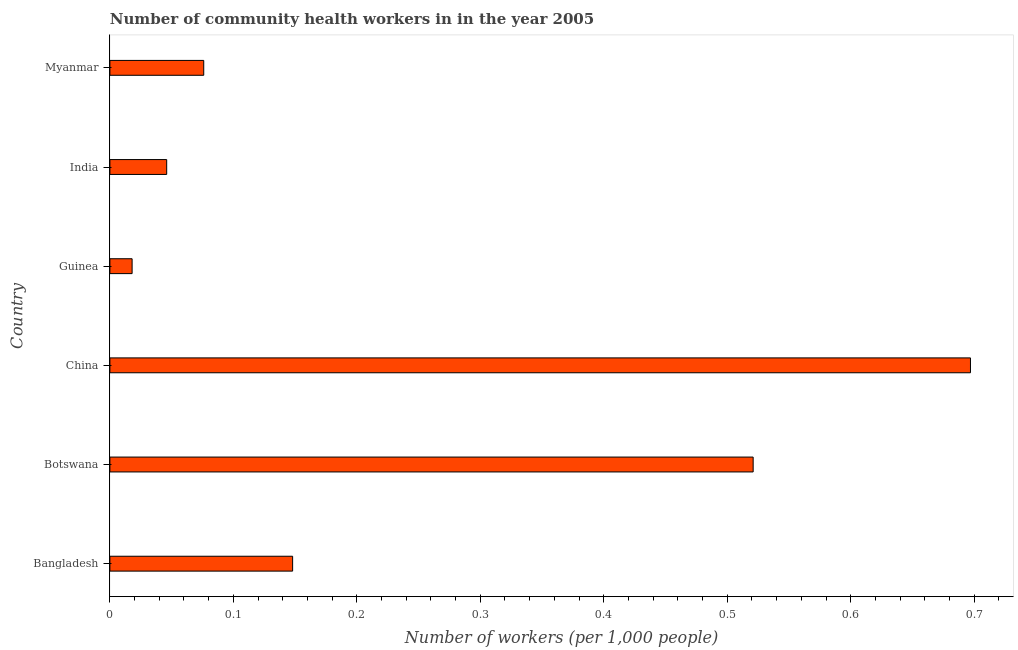
| Country | Community health workers |
 | --- | --- |
 | Bangladesh | 0.148 |
 | Botswana | 0.521 |
 | China | 0.697 |
 | Guinea | 0.018 |
 | India | 0.046 |
 | Myanmar | 0.076 |